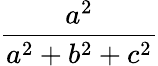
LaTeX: \frac{a^{2}}{a^{2}+b^{2}+c^{2}}